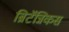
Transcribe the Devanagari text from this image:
ब्रिटॅन्निकस